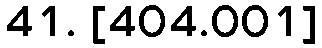
41. [404.001]